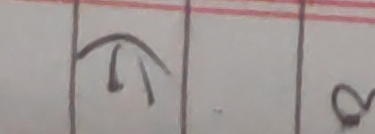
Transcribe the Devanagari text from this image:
त्र